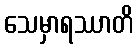
သေမှာရဿာတိ